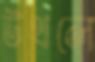
উথলে